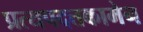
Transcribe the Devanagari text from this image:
प्रत्यपदत्तकामेन